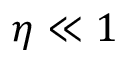
\eta \ll 1